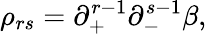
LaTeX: \rho_{rs}=\partial_{+}^{r-1}\partial_{-}^{s-1}\beta,